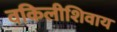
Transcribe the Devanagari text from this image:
वकिलीशिवाय